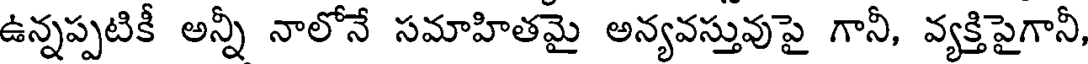
ఉన్నప్పటికీ అన్నీ నాలోనే సమాహితమై అన్యవస్తువుపై గానీ, వ్యక్తిపైగానీ,